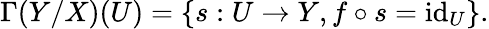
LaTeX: \Gamma(Y/X)(U)=\{ s:U\to Y,f\circ s=\operatorname{id}_{U}\} .